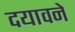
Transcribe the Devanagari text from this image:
दयावने